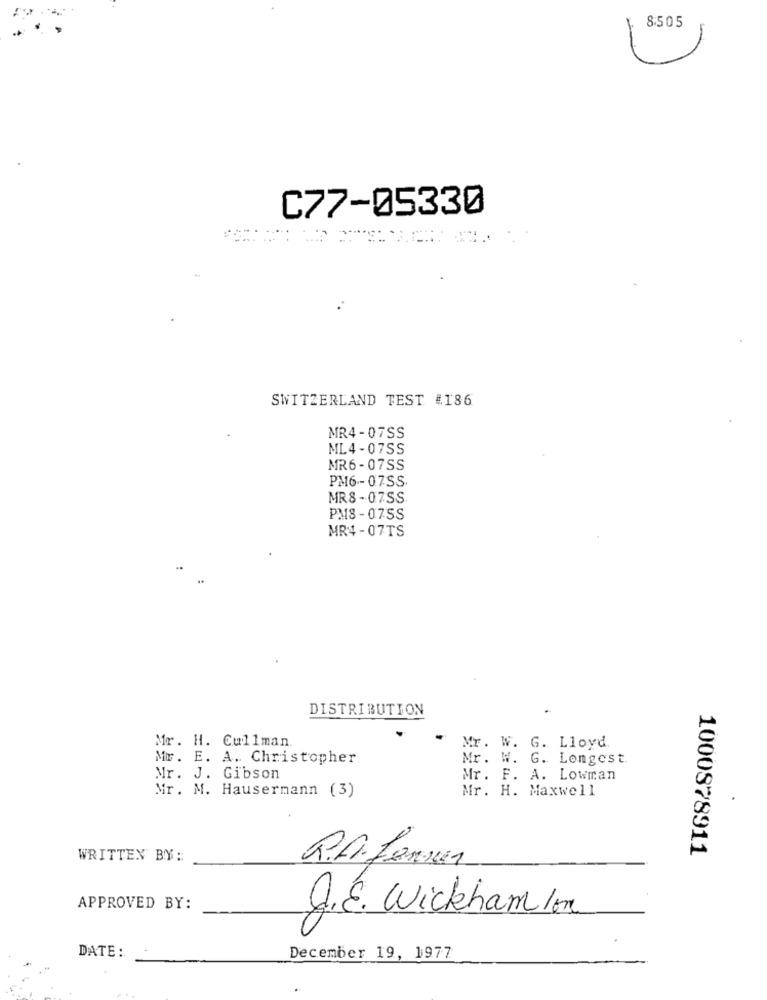
8:505
C77-05330
SWITZERLAND TEST #186
MR4-07SS
ML4-07SS
MR6-07SS
PM6 -- 07SS
MR8- 07SS
PM8- 07SS
MR4- 07TS
DISTRIBUTION
Mr. H. Cullman.
Mr. W. G. Lloyd.
Mr. E. A. Christopher
Mr. W. G. Longest.
Mr. J. Gibson
Mr. F. A. Lowman
Mr. M. Hausermann (3)
Mr. H. Maxwell
1000878911
WRITTEN BY:
R.A. Lanser
APPROVED BY:
J.E. Wickham Ion
DATE :
December 19, 1977